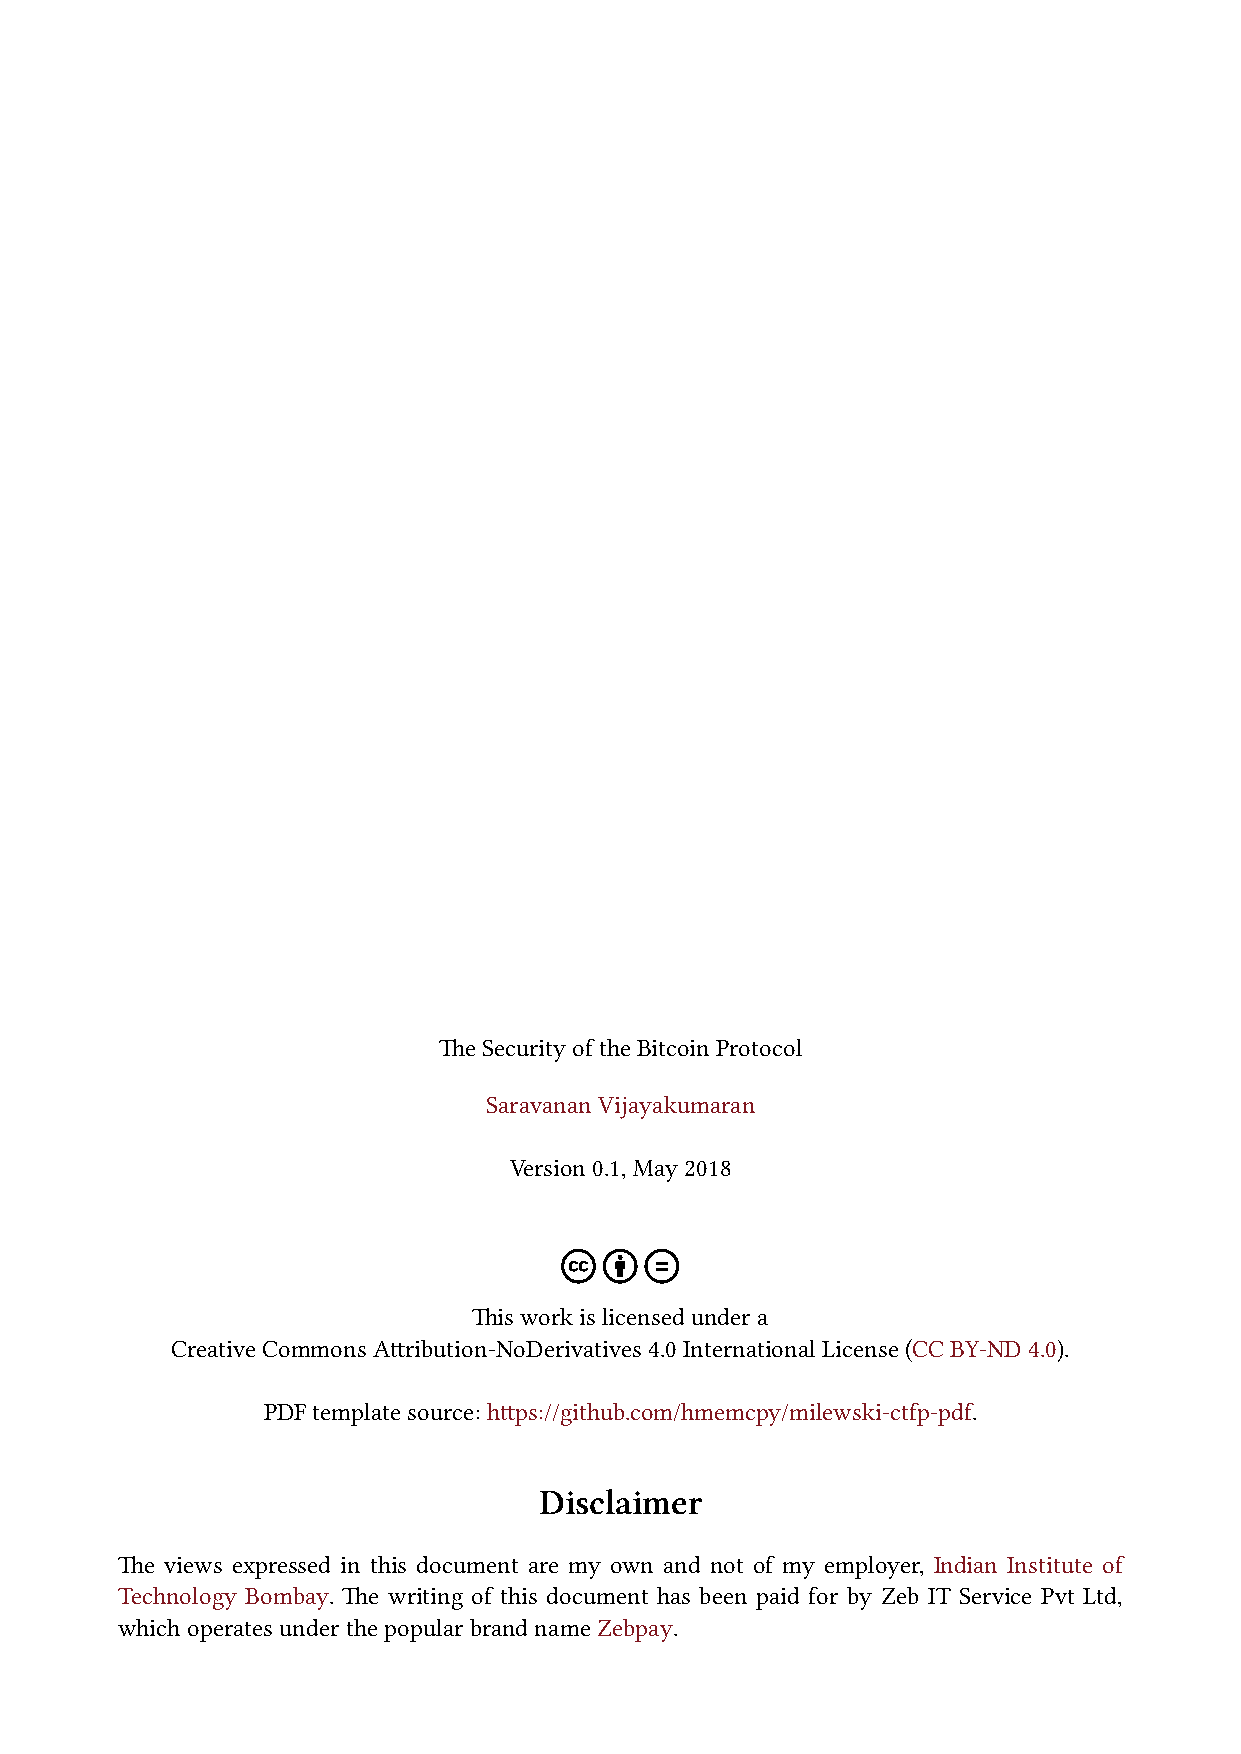
TheSecurityoftheBitcoinProtocol
 SaravananVijayakumaran
 Version0.1,May2018
 Thisworkislicensedundera
 CreativeCommons Attribution-NoDerivatives4.0InternationalLicense(CCBY-ND4.0).
 PDFtemplatesource:https://github.com/hmemcpy/milewski-ctfp-pdf.
 Disclaimer
 The views expressed in this document are my own and not of my employer, Indian Institute of
 Technology Bombay. The writing of this document has been paid for by Zeb IT Service Pvt Ltd,
 whichoperatesunderthepopularbrandnameZebpay.